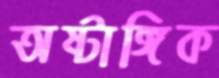
অষ্টাঙ্গিক